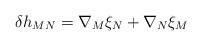
\begin{align*}\delta h_{MN}=\nabla_M\xi_N+\nabla_N\xi_M\end{align*}